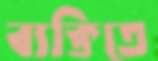
ব্যক্তিতে